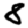
Digit: 8